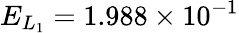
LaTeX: E_{L_{1}}=1.988\times 10^{-1}